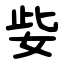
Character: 姕